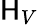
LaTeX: \mathsf{H}_{V}